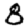
Digit: 8